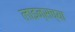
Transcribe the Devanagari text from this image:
लाइन्सच्या